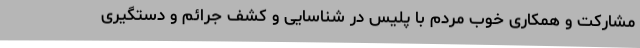
مشارکت و همکاری خوب مردم با پلیس در شناسایی و کشف جرائم و دستگیری